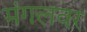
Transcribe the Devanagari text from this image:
मंगलवर